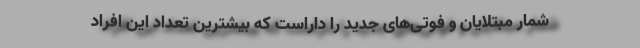
شمار مبتلایان و فوتی‌های جدید را داراست که بیشترین تعداد این افراد